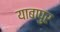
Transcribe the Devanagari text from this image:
याबापुर